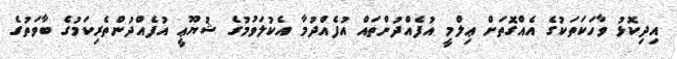
އިދިކޮޅު ވާހަކަތަކުގެ އެއްގޮތަށް ޢިލްމީ އުފެއްދުންތައް އުފެއްދުމާ އެކުލަވުމުގެ ޝުޔޫޢީ އުފެއްދުންތެރިކަމުގެ ބާވަތުގެ